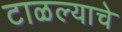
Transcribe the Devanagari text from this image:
टाळल्याचे